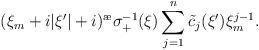
LaTeX: \begin{align*}(\xi_m+i|\xi'|+i)^{\ae}\sigma^{-1}_+(\xi)\sum\limits_{j=1}^{n}\tilde c_j(\xi')\xi_m^{j-1}.\end{align*}